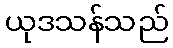
ယုဒသန်သည်